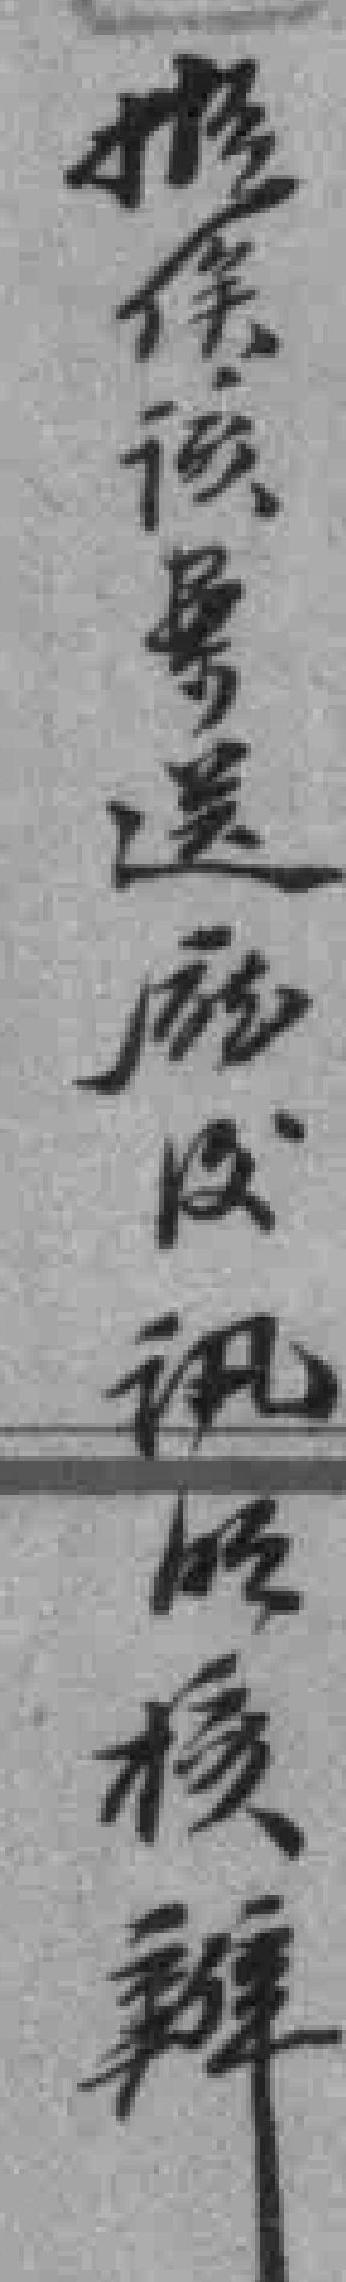
推俟该案送㕔後讯所核辦